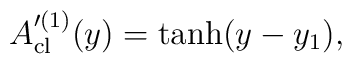
A'^{(1)}_{\rm cl} (y)=  \tanh (y-y_1),